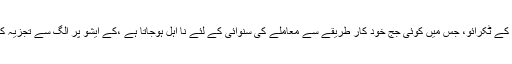
این جے اے سی معاملے میں 16 اکتوبر 2015 کے سپریم کورٹ کے ایک فیصلے میں جسٹس چیلمیشور نے مفاد کے ٹکرائو، جس میں کوئی جج خود کار طریقے سے معاملے کی سنوائی کے لئے نا اہل ہوجاتا ہے ،کے ایشو پر الگ سے تجزیہ کرتے ہوئے عدالت نے غیر جانبدار جج کے ایشو پر تفصیل سے روشنی ڈالتے ہوئے اسے جمہوریت کی پہچان بتایا۔